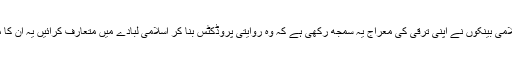
بلکہ مروجہ اسلامی بینکوں نے اپنی ترقی کی معراج یہ سمجھ رکھی ہے کہ وہ روایتی پروڈکٹس بنا کر اسلامی لبادے میں متعارف کرائیں یہ ان کا مشن بنا ہوا ہے۔